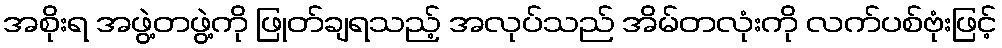
အစိုးရ အဖွဲ့တဖွဲ့ကို ဖြုတ်ချရသည့် အလုပ်သည် အိမ်တလုံးကို လက်ပစ်ဗုံးဖြင့်